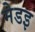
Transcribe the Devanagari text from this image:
मेडइ